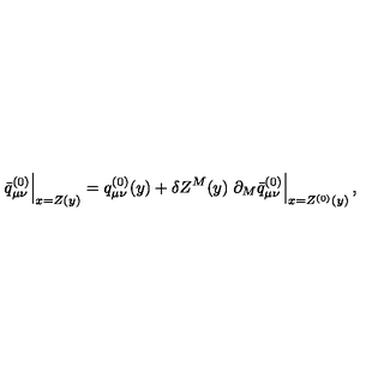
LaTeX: \left. \bar { q } _ { \mu \nu } ^ { ( 0 ) } \right| _ { x = Z ( y ) } = q _ { \mu \nu } ^ { ( 0 ) } ( y ) + \delta Z ^ { M } ( y ) \left. \partial _ { M } \bar { q } _ { \mu \nu } ^ { ( 0 ) } \right| _ { x = Z ^ { ( 0 ) } ( y ) } ,